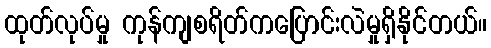
ထုတ်လုပ်မှု ကုန်ကျစရိတ်ကပြောင်းလဲမှုရှိနိုင်တယ်။